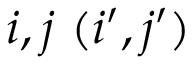
i , j ~ ( i ^ { \prime } , j ^ { \prime } )